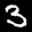
Label: 3